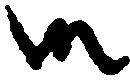
御